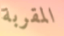
المقربة